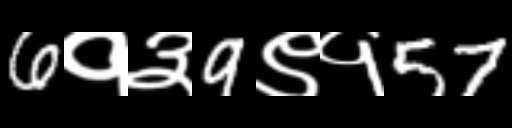
Text: 6१३9९१57